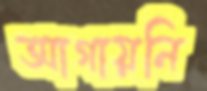
আগায়নি